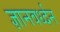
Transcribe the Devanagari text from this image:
ज्ञानवर्ध्दन